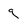
Character: g